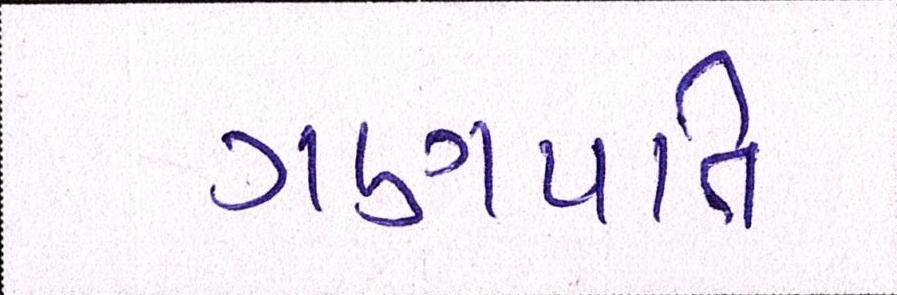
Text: ગણપતિ